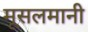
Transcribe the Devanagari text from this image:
मूसलमानी